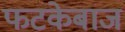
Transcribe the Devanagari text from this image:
फटकेबाज